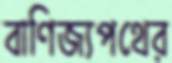
বাণিজ্যপথের